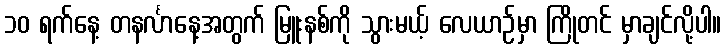
၁၀ ရက်နေ့ တနင်္လာနေ့အတွက် မြူးနစ်ကို သွားမယ့် လေယာဉ်မှာ ကြိုတင် မှာချင်လို့ပါ။